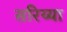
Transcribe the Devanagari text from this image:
सरिय्या